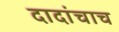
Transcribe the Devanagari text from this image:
दादांचाच